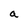
Character: a